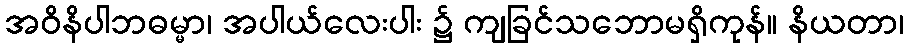
အဝိနိပါဘဓမ္မာ၊ အပါယ်လေးပါး ၌ ကျခြင်သဘောမရှိကုန်။ နိယတာ၊